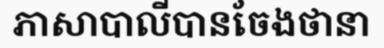
ភាសាបាលីបានចែងថានា